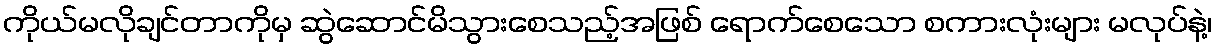
ကိုယ်မလိုချင်တာကိုမှ ဆွဲဆောင်မိသွားစေသည့်အဖြစ် ရောက်စေသော စကားလုံးများ မလုပ်နဲ့၊